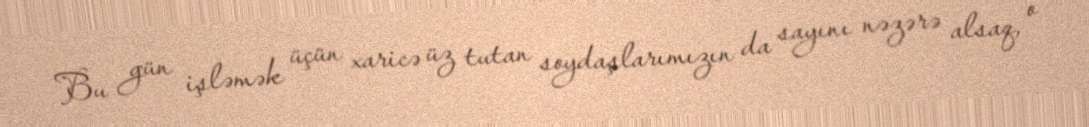
Bu gün işləmək üçün xaricə üz tutan soydaşlarımızın da sayını nəzərə alsaq, o